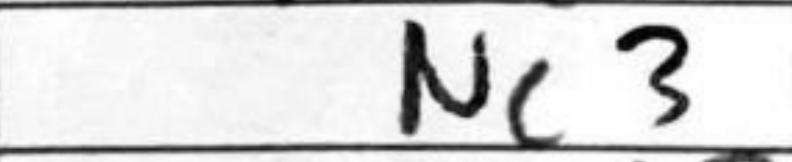
Transcription: Nc3